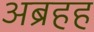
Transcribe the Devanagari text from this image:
अब्रहह